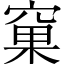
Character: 窠